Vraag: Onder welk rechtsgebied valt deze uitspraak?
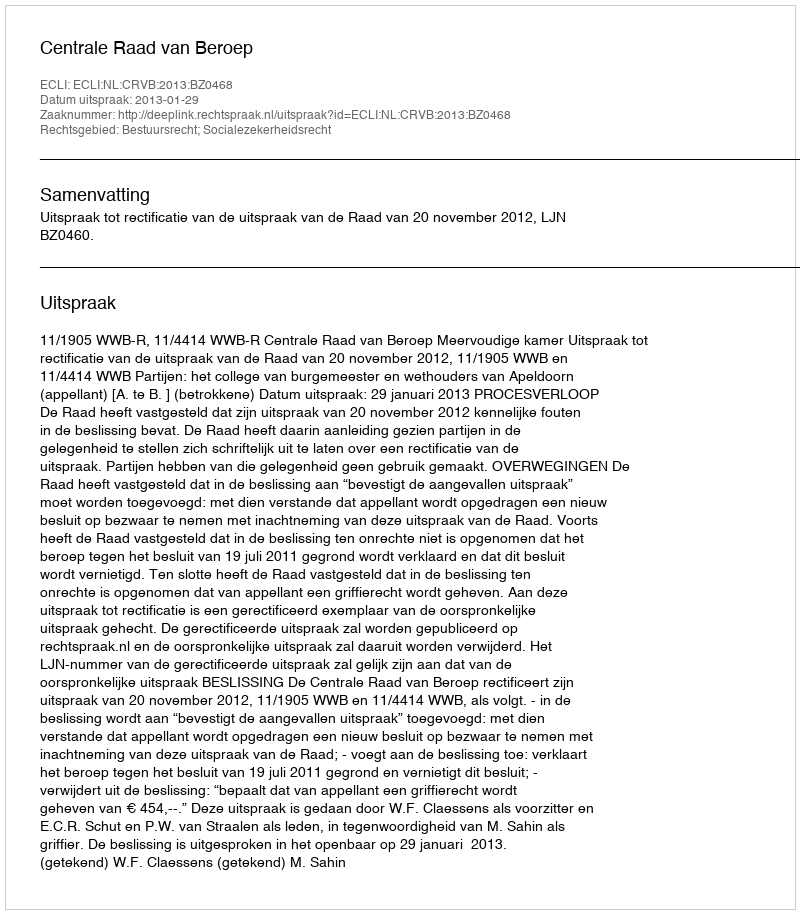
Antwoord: Bestuursrecht; Socialezekerheidsrecht